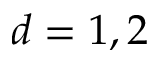
d = 1 , 2